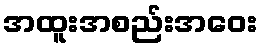
အထူးအစည်းအဝေး